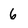
Character: 6